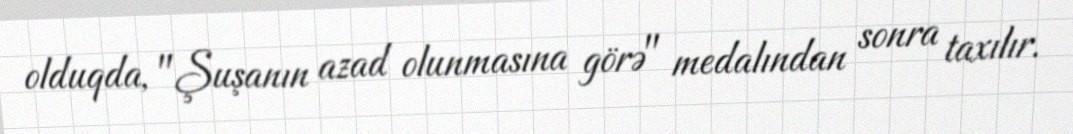
olduqda, "Şuşanın azad olunmasına görə" medalından sonra taxılır.